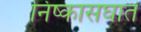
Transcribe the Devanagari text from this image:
निष्कासघात